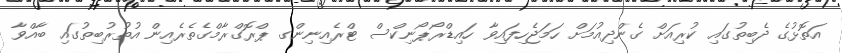
އަތޮޅުގެ ދެބިތުގައި ކުރިއަށް ގެންދިއުމަށް ހަމަޖެހިފައިވާ ހައިޑްރޯޕޯނިކްސް ޓްރެއިނިންގ ޕްރޮގްރާމްގެތެރެއިން އުތުރުބިތުގައި ބާއްވާ